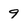
Character: 9